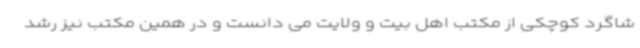
شاگرد کوچکی از مکتب اهل بیت و ولایت می دانست و در همین مکتب نیز رشد